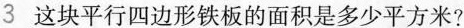
3 这块平行四边形铁板的面积是多少平方米?